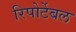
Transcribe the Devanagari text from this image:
रिपोर्टेबल